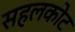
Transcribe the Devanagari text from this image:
सहलकोट